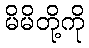
မိမိတို့ကို